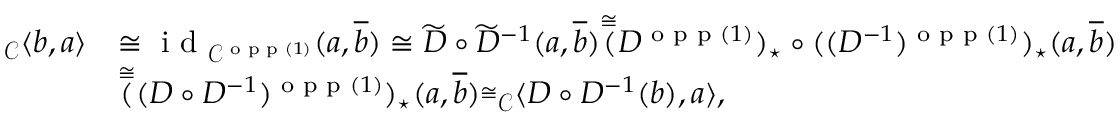
\begin{array} { r l } { _ { \mathcal { C } } \langle b , a \rangle } & { \cong \textnormal { i d } _ { \mathcal { C } ^ { \textnormal { o p p } ( 1 ) } } ( a , \overline { { b } } ) \cong \widetilde { D } \circ \widetilde { D } ^ { - 1 } ( a , \overline { { b } } ) \overset { \cong } ( D ^ { \textnormal { o p p } ( 1 ) } ) _ { \star } \circ ( ( D ^ { - 1 } ) ^ { \textnormal { o p p } ( 1 ) } ) _ { \star } ( a , \overline { { b } } ) } \\ & { \overset { \cong } ( ( D \circ D ^ { - 1 } ) ^ { \textnormal { o p p } ( 1 ) } ) _ { \star } ( a , \overline { { b } } ) \overset { \cong } \ _ { \mathcal { C } } \langle D \circ D ^ { - 1 } ( b ) , a \rangle , } \end{array}